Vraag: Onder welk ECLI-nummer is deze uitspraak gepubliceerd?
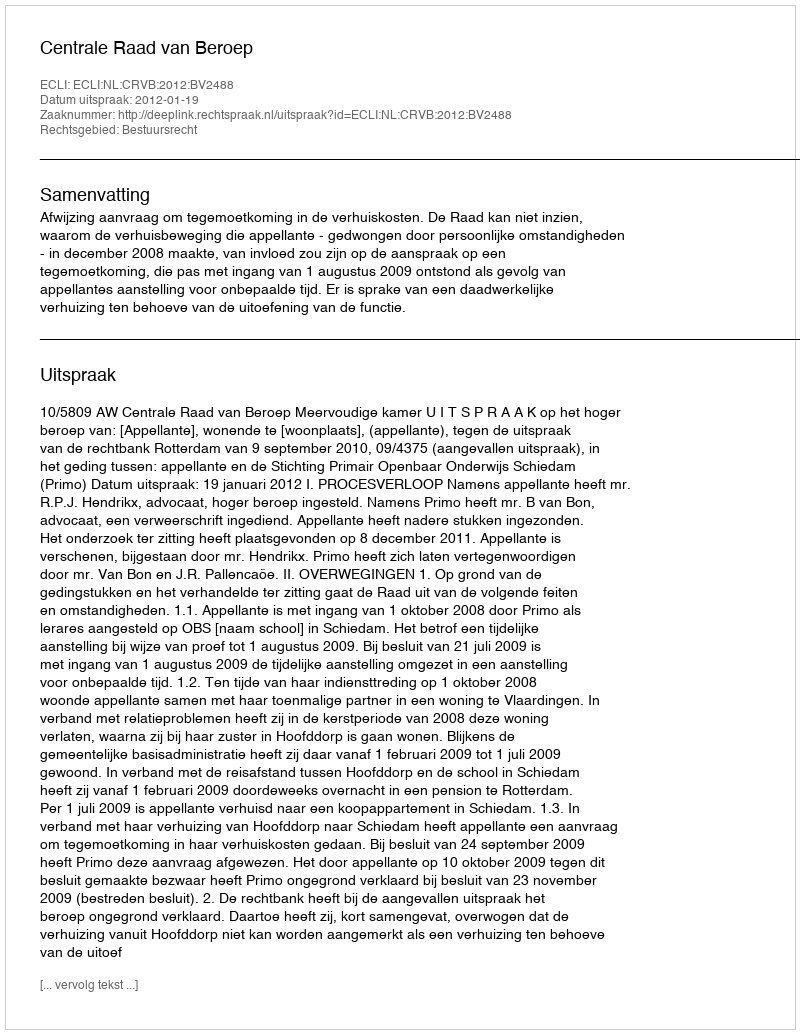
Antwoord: ECLI:NL:CRVB:2012:BV2488